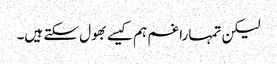
لیکن تمہارا غم ہم کیسے بھول سکتے ہیں۔